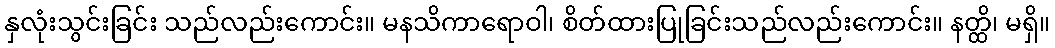
နှလုံးသွင်းခြင်း သည်လည်းကောင်း။ မနသိကာရောဝါ၊ စိတ်ထားပြုခြင်းသည်လည်းကောင်း။ နတ္ထိ၊ မရှိ။